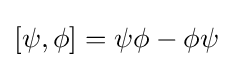
[\psi ,\phi ]=\psi \phi -\phi \psi